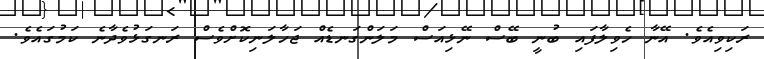
ރަކިވިއެވެ. އޭނާ ހެވިލާފައި ބުނީ ބޭސް ނޭޅިއަސް މަލަންގަނޑެއް ޖަހާލަނިކޮށްވެސް ރަނގަޅުވެދާނެ ކަމުގައެވެ.